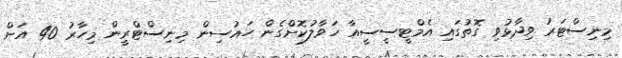
މިނިސްޓަރު ވިދާޅުވި ގޮތުގައި އެމްޓީސީސީއާ ހަވާލުކޮށްގެން ހައުސިން މިނިސްޓްރީން މިހާރު 40 އަށް